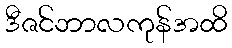
ဒီဇင်ဘာလကုန်အထိ